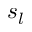
s _ { l }